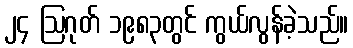
၂၄ ဩဂုတ် ၁၉၈၃တွင် ကွယ်လွန်ခဲ့သည်။